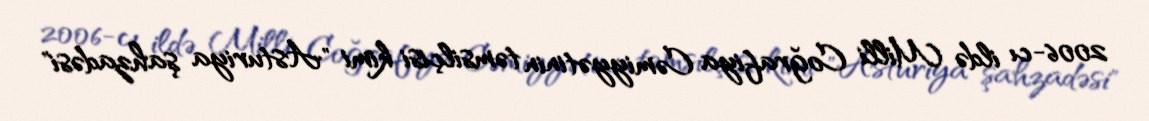
2006-cı ildə Milli Coğrafiya Cəmiyyətinin təmsilçisi kimi "Asturiya şahzadəsi"